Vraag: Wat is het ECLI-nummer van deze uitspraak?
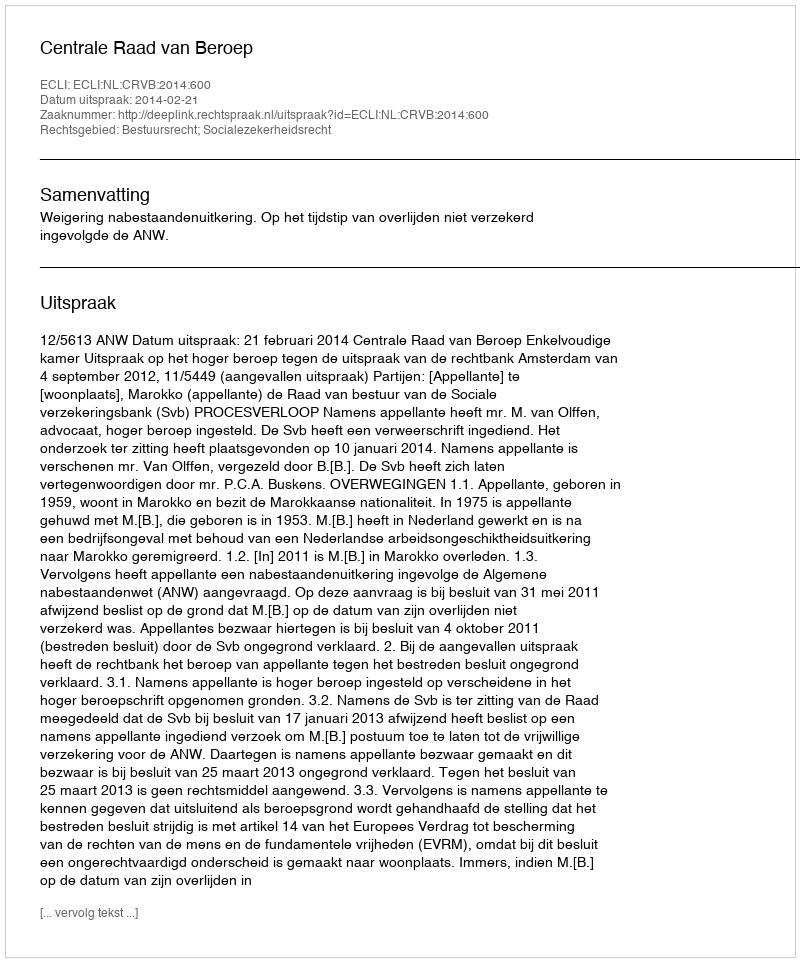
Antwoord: ECLI:NL:CRVB:2014:600